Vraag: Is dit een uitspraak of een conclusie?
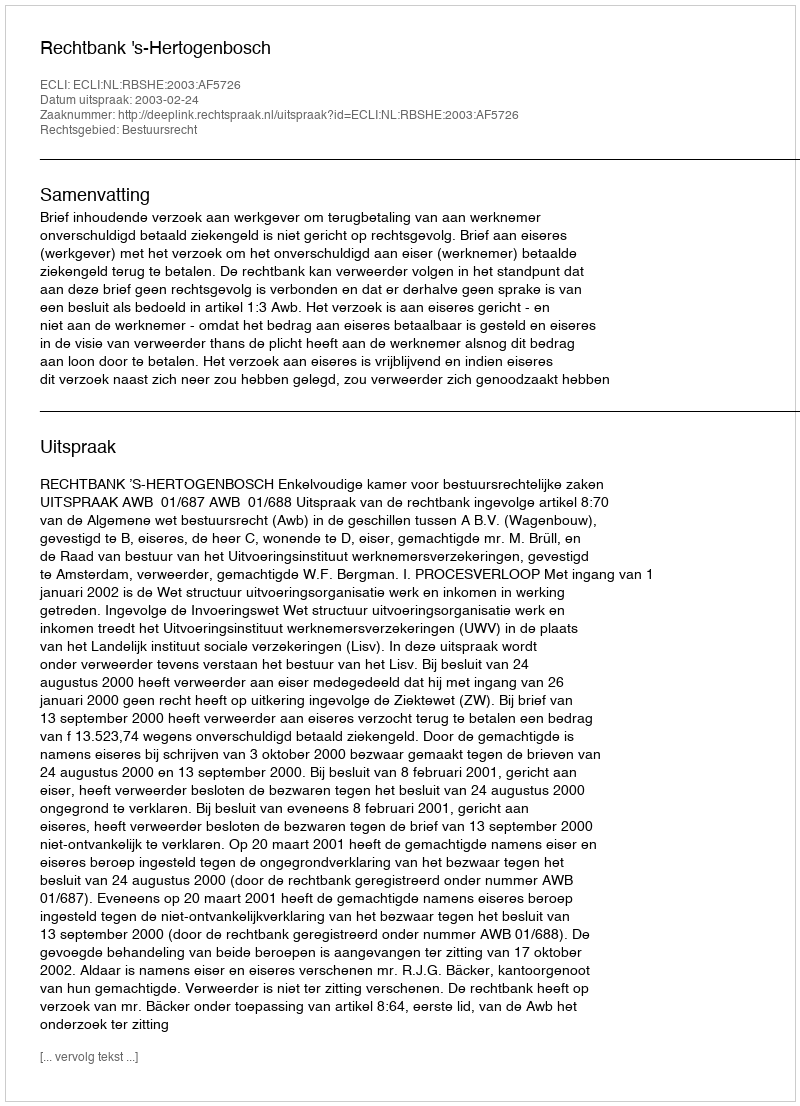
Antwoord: Uitspraak